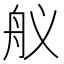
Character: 舣